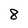
Character: 8